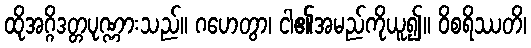
ထိုအဂ္ဂိဒတ္တပုဏ္ဏားသည်။ ဂဟေတွာ၊ ငါ၏အမည်ကိုယူ၍။ ဝိစရိဿတိ၊